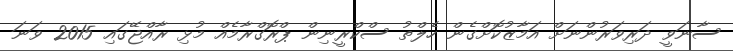
ސާނަވީ ދަރިވަރުންނަށް އަމާޒުކޮށްގެން ހެލްތު ސްކްރީނިން ޕްރޮގްރާމެއް މުޅި ރާއްޖޭގައި 2015 ވަނަ